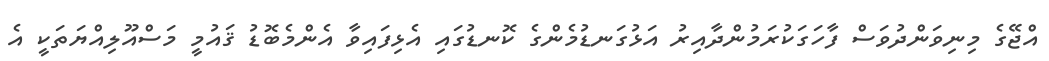
އްޖޭގެ މިނިވަންދުވަސް ފާހަގަކުރަމުންދާއިރު އަޅުގަނޑުމެންގެ ކޮނޑުގައި އެޅިފައިވާ އެންމެބޮޑު ޤައުމީ މަސްއޫލިއްޔަތަކީ އެ